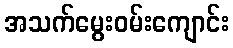
အသက်မွေးဝမ်းကျောင်း